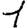
Digit: 1